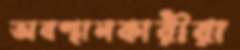
অবস্থানকারীরা